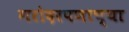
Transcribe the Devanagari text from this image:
गरोदरपणाच्या